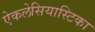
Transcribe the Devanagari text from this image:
ऐकलेसियास्टिका